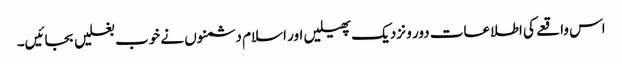
اس واقعے کی اطلاعات دور و نزدیک پھیلیں اور اسلام دشمنوں نے خوب بغلیں بجائیں۔